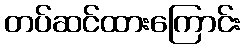
တပ်ဆင်ထားကြောင်း